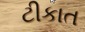
ટીકાત